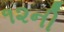
૧૨ની